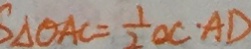
S _ { \Delta O A C } = \frac { 1 } { 2 } O C \cdot A D